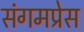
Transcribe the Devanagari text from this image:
संगमप्रेस